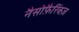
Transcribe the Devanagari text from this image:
नैसोफ़ैरिंक्ज़